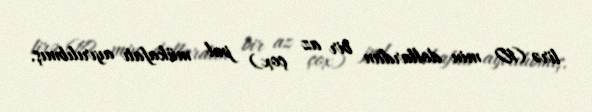
lirə (10 min dollardan bir az çox) pul mükafatı ayırılıbmış.